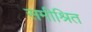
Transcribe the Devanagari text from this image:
समीश्रित